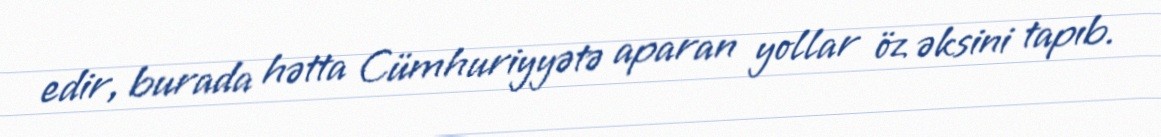
edir, burada hətta Cümhuriyyətə aparan yollar öz əksini tapıb.